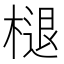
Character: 𣗔